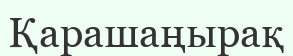
Қарашаңырақ